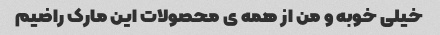
خیلی خوبه و من از همه ی محصولات این مارک راضیم